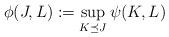
LaTeX: \begin{align*}\phi(J,L)&:=\sup_{K\preceq J}\psi(K,L)\end{align*}